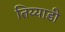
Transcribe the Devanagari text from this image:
तिय्याडी